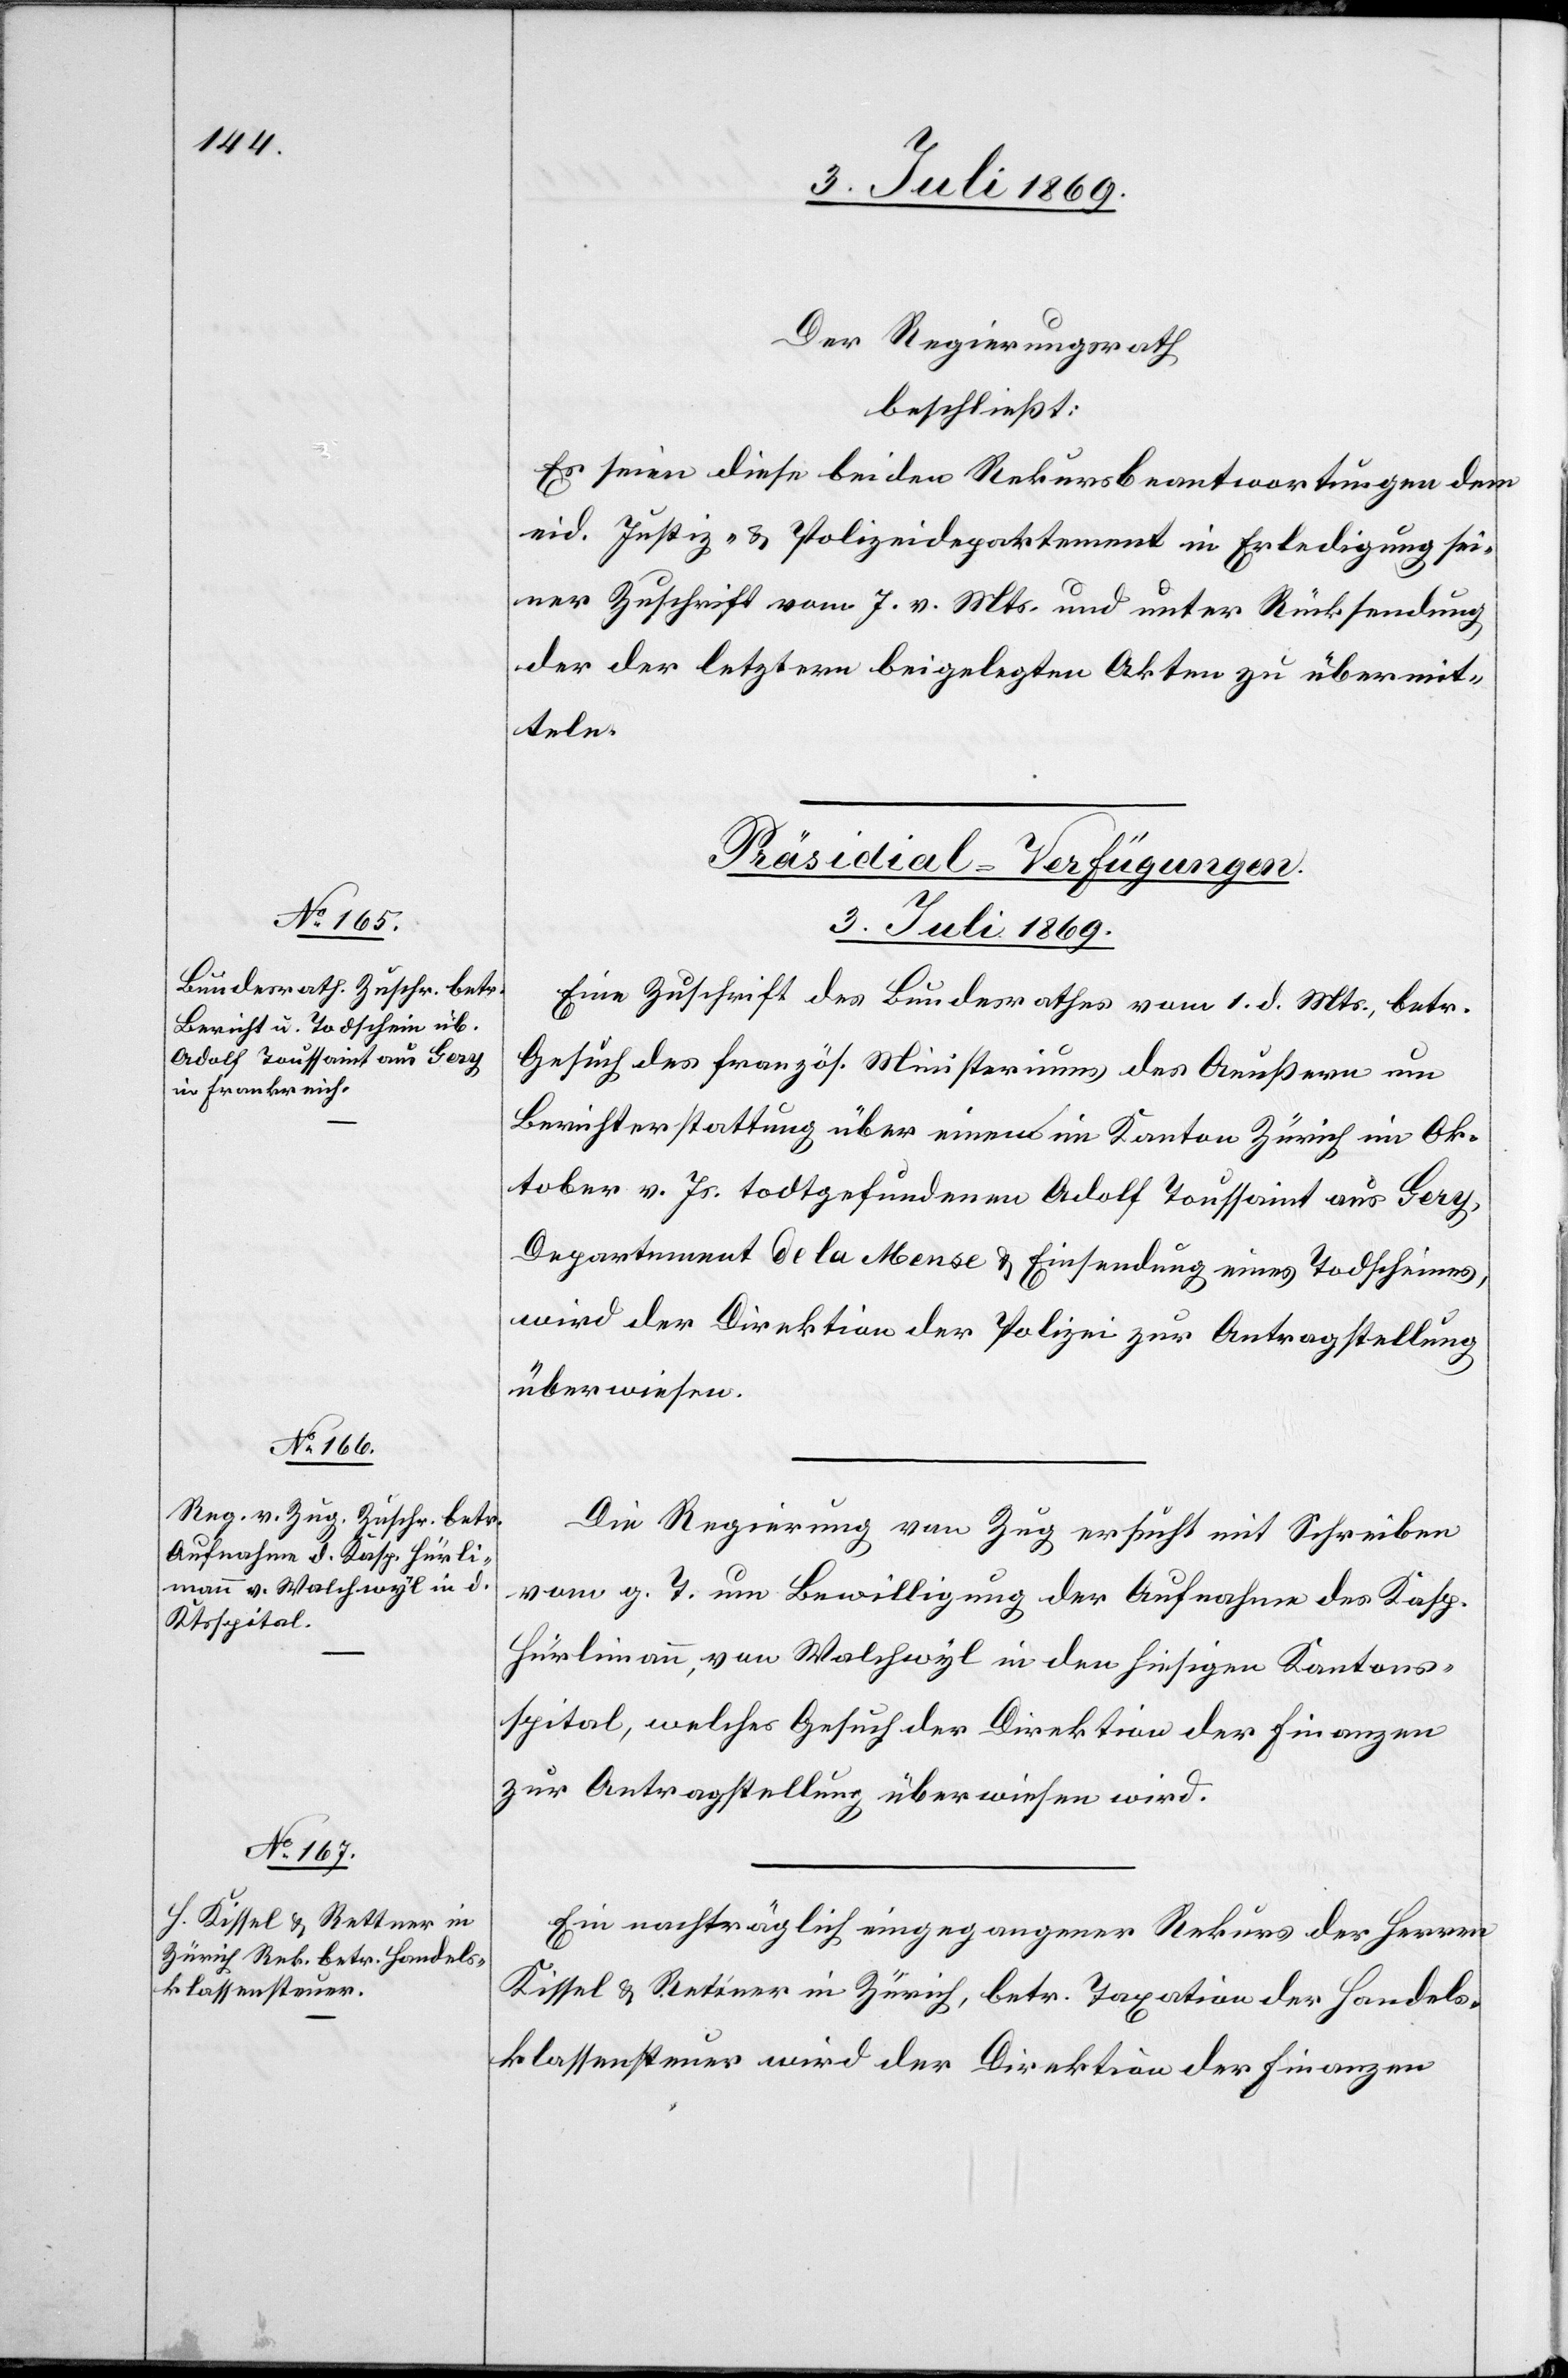
Der Regierungsrath
beschließt:
Es seien diese beiden Rekursbeantwortungen dem
eid. Justiz- u. Polizeidepartement in Erledigung sei¬
ner Zuschrift vom 7. v. Mts. und unter Rücksendung
der der letztern beigelegten Akten zu übermit¬
teln
[Präsidial-Verfügungen.
3. Juli 1869.]
Eine Zuschrift des Bundesrathes vom 1. d. Mts., betr.
Gesuch des französ. Ministeriums des Aeußern um
Berichterstattung über einen im Kanton Zürich im Ok¬
tober v. Js. todtgefundenen Adolf Toussaint aus Gery,
Departement de la Mense u. Einsendung eines Todscheins,
wird der Direktion der Polizei zur Antragstellung
überwiesen.
Die Regierung von Zug ersucht mit Schreiben
vom g. T. um Bewilligung der Aufnahme des Kasp.
Hürlimann, von Walchwyl in den hiesigen Kantons¬
spital, welches Gesuch der Direktion der Finanzen
zur Antragstellung überwiesen wird.
Ein nachträglich eingegangener Rekurs des Herrn
Kissel u. Retiner in Zürich, betr. Taxation der Handels¬
klassensteuer wird der Direktion der Finanzen